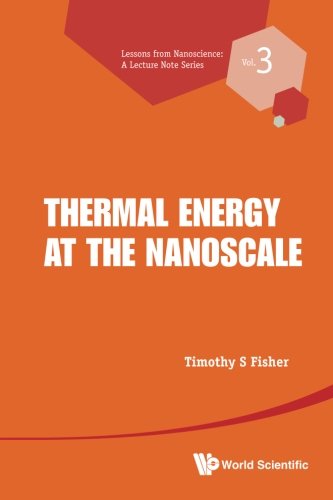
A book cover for Thermal Energy at the Nanoscale (Lessons from Nanoscience : A Lecture Notes Series); Timothy S Fisher; Science & Math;